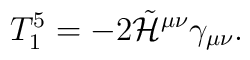
T_1^5 = - 2 \tilde{\cal H}^{\mu\nu} \gamma_{\mu\nu}.